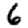
Digit: 6